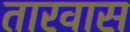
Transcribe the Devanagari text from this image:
तारवास